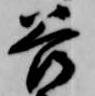
谷